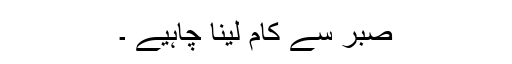
صبر سے کام لینا چاہیے ۔